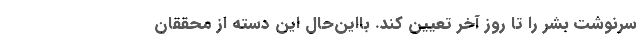
سرنوشت بشر را تا روز آخر تعیین کند. بااین‌حال این دسته از محققان